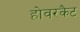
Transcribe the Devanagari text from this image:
होवरकैट